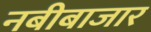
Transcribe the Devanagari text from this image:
नबीबाजार